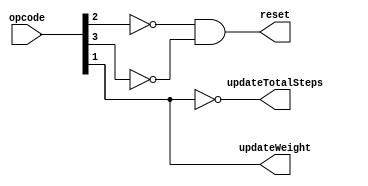
module controlUnit(opcode, updateWeight, updateTotalSteps, reset);
    input   [3:0] opcode;
    output  updateWeight;
    output  updateTotalSteps;
    output  reset;

    assign reset = (~opcode[2]) & (~opcode[3]);
    assign updateWeight     =  opcode[1];
    assign updateTotalSteps = ~opcode[1];

endmodule